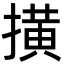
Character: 撗